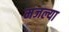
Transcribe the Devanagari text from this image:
मजल्या